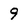
Character: 9